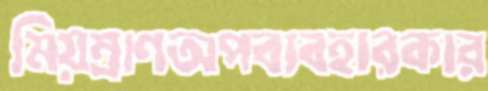
মিয়ম্রাণঅপব্যবহারকার